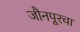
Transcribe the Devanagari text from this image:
जौनपूरचा